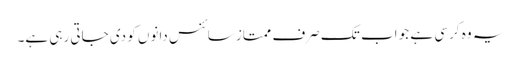
یہ وہ کرسی ہے جو اب تک صرف ممتاز سائنس دانوں کو دی جاتی رہی ہے۔